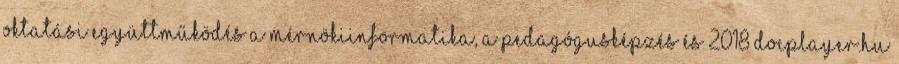
Oktatási együttműködés a mérnökiinformatika, a pedagógusképzés és 2018 DocPlayer.hu